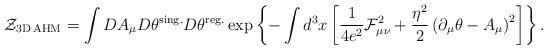
LaTeX: \begin{align*}{\cal Z}_{\rm 3D{\,}AHM}=\int DA_\mu D\theta^{\rm sing.}D\theta^{\rm reg.}\exp\left\{-\int d^3x\left[\frac{1}{4e^2}{\cal F}_{\mu\nu}^2+\frac{\eta^2}{2}\left(\partial_\mu\theta-A_\mu\right)^2\right]\right\}.\end{align*}